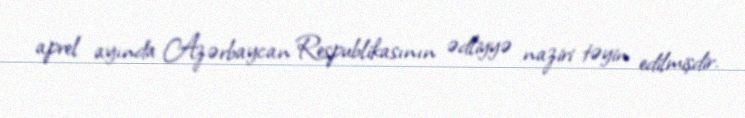
aprel ayında Azərbaycan Respublikasının ədliyyə naziri təyin edilmişdir.